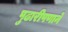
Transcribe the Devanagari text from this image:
पुढारीपणाने